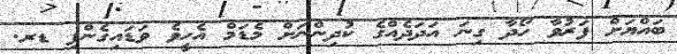
ބައްޔަށް ފަރުވާ ހޯދާ ގިނަ އަދަދެއްގެ ކުދިންނަށް މެޑަމް އެހީވެ ވަޑައިގެންފި ޑރ.